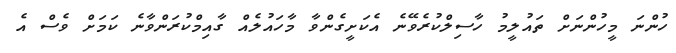
ހުންނަ މީހުންނަށް ތައުލީމު ހާސިލްކުރެވޭނެ އެކަށީގެންވާ މާހައުލެއް ގާއިމްކުރަންވާނެ ކަމަށް ވެސް އެ